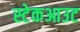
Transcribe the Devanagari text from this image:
स्टेकआउट